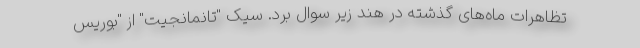
تظاهرات ماه‌های گذشته در هند زیر سوال برد. سیک "تانمانجیت" از "بوریس